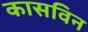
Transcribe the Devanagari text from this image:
कासविन